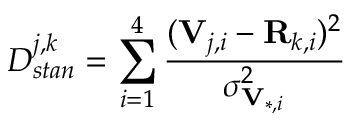
D _ { s t a n } ^ { j , k } = \sum _ { i = 1 } ^ { 4 } \frac { ( \mathbf { V } _ { j , i } - \mathbf { R } _ { k , i } ) ^ { 2 } } { \sigma _ { \mathbf { V } _ { * , i } } ^ { 2 } }